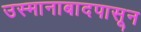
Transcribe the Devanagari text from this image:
उस्मानाबादपासून